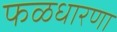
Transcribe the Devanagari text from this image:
फळधारणा